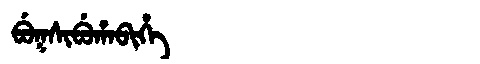
Manchu: ᠪᡠᡴᠰᡳᠪᡠᡥᠠᠪᡳᡥᡝ
Romanization: BUKSIBUHABIHE